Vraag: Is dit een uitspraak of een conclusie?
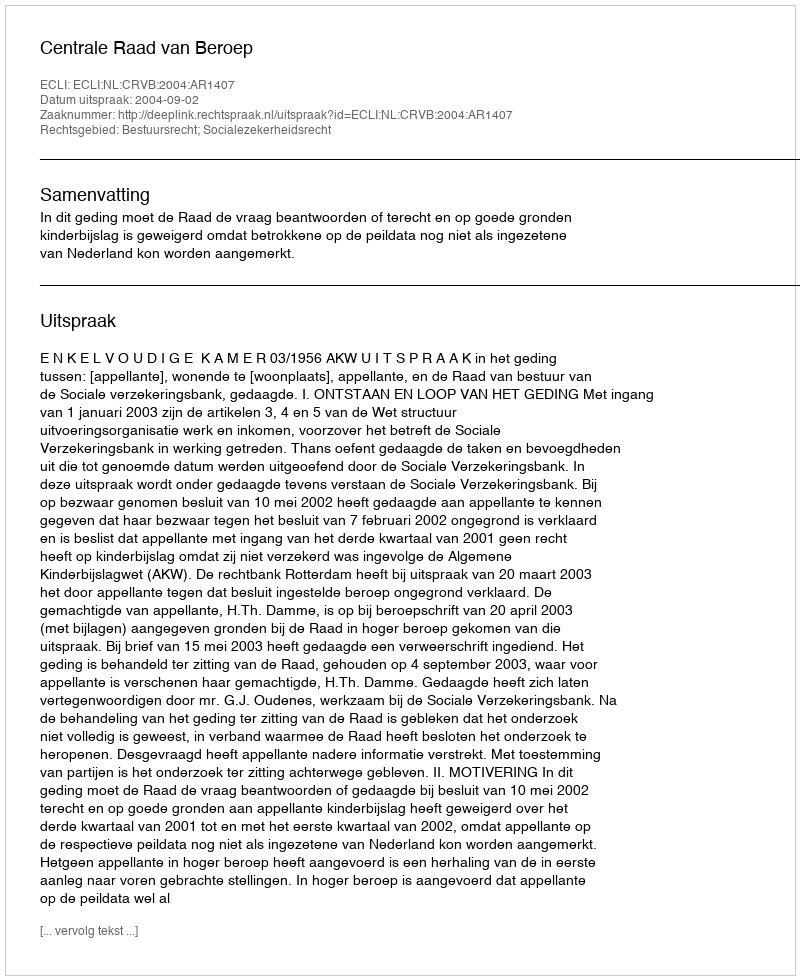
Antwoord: Uitspraak